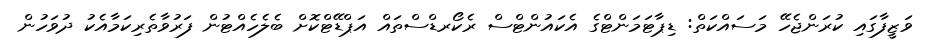
ވަޒީފާގައި ކުރަންޖެހޭ މަސައްކަތް: ޑިޕާޓަމަންޓްގެ އެކައުންޓްސް ރެކޯރޑްސްތައް އަޕްޑޭޓްކޮށް ބެލެހެއްޓުން ފަރުވާތެރިކަމާއެކު ދުވަހުން